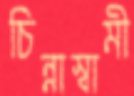
চিন্নাস্বামী